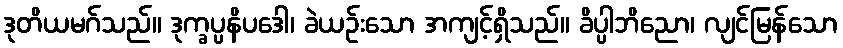
ဒုတိယမဂ်သည်။ ဒုက္ခပ္ပနိပဒေါ၊ ခဲယဉ်းသော အကျင့်ရှိသည်။ ခိပ္ပါဘိညော၊ လျင်မြန်သော